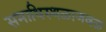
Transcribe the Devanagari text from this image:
समाधिस्थळाजवळ